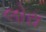
લોરા